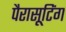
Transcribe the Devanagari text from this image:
पैरासूटिंग